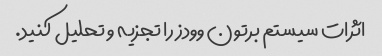
اثرات سیستم برتون وودز را تجزیه و تحلیل کنید.